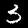
Label: 3